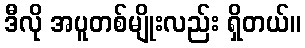
ဒီလို အပူတစ်မျိုးလည်း ရှိတယ်။